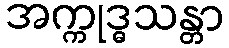
အက္ကုဒ္ဓသန္တာ